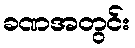
ခဏအတွင်း